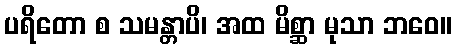
ပရိတော စ သမန္တာပိ၊ အထ မိစ္ဆာ မုသာ ဘဝေ။